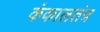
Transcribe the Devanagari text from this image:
कंकालतंत्र